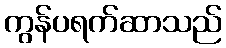
ကွန်ပရက်ဆာသည်